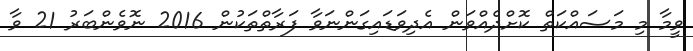
ވީމާ މި މަސައްކަތް ކޮށްދެއްވަން އެދިވަޑައިގަންނަވާ ފަރާތްތަކުން 2016 ނޮވެެންބަރު 21 ވާ